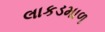
લાકડમાળ